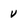
Character: v